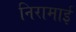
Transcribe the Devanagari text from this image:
निरामाई